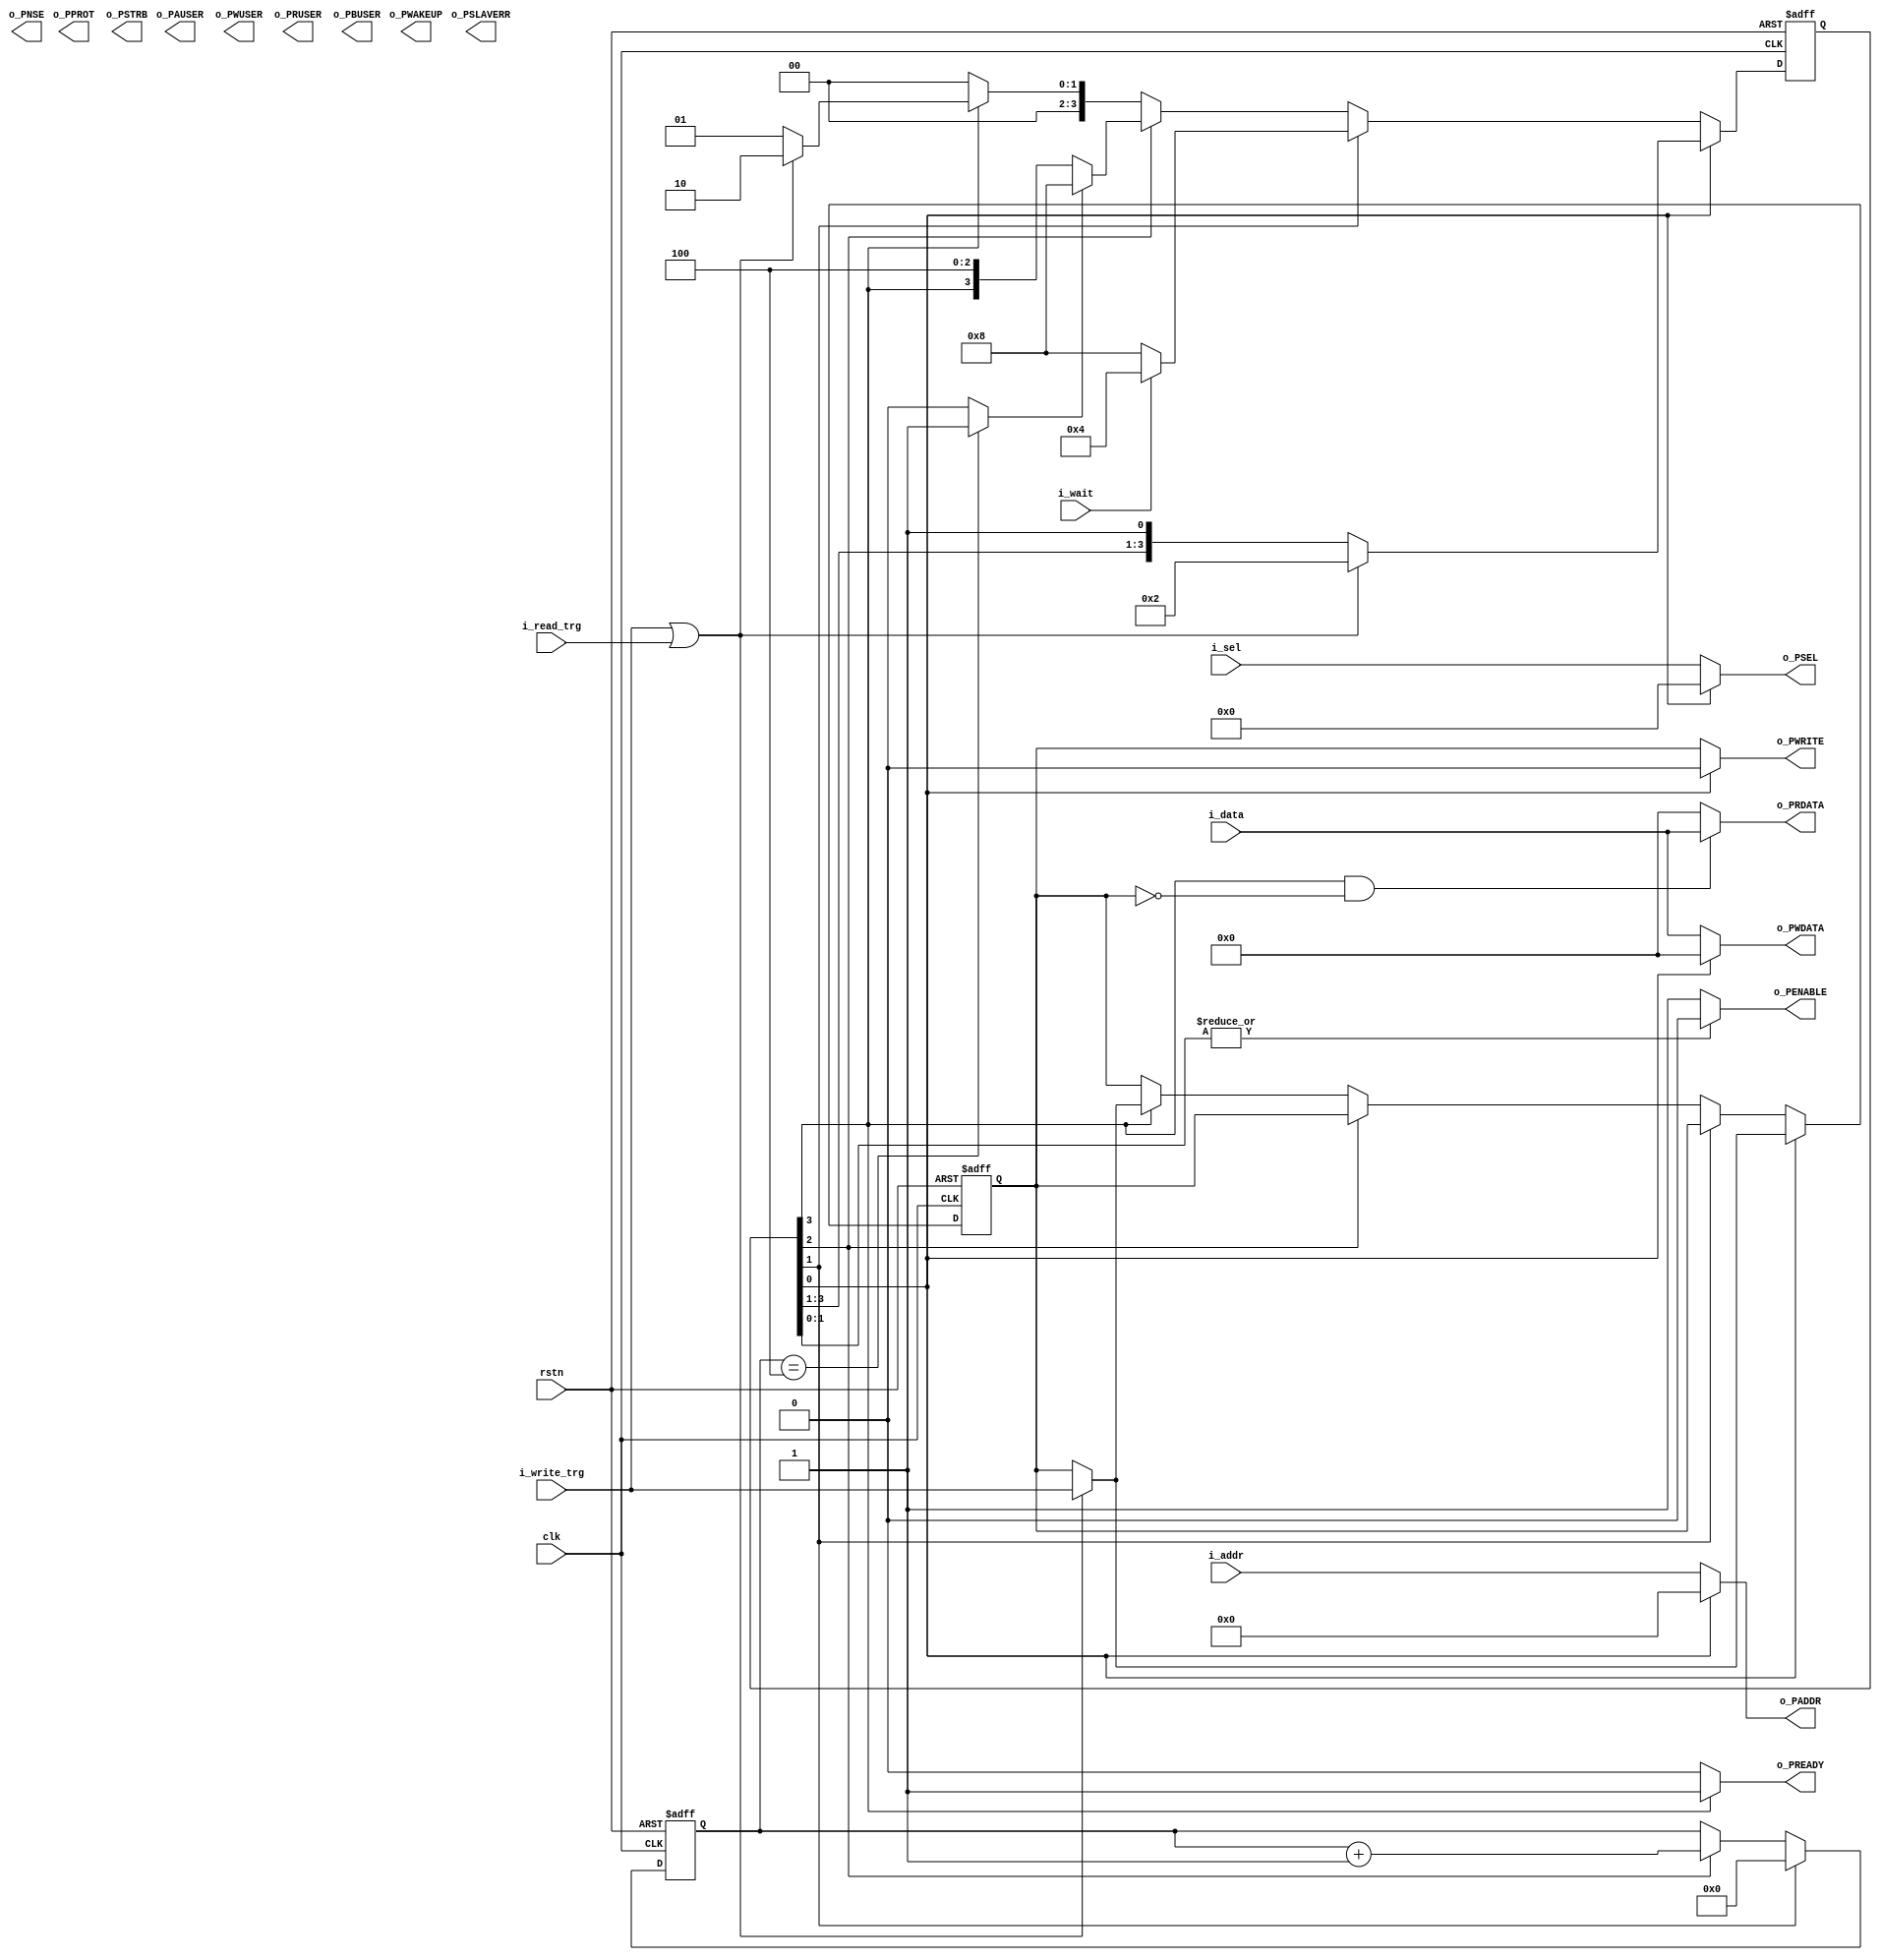

// ./list_rtl.f

module apb_master
#(
  parameter SEL_WIDTH       = 4   , 
  parameter ADDR_WIDTH      = 10  , // maximum width 32 bits
  parameter DATA_WIDTH      = 32   , // 8/16/32 bits wide
  parameter USER_REQ_WIDTH  = 4   , // maximum width of 128 bits
  parameter USER_DATA_WIDTH = 4   , // maximum width of DATA_WIDTH/2
  parameter USER_RESP_WIDTH = 4     // maximum width of 16 bits
)
(
  input                        clk        , // clock signal. 
  input                        rstn       ,
  
  input  [ADDR_WIDTH-1:0]      i_addr     ,
  input  [DATA_WIDTH-1:0]      i_data     ,
  input                        i_wait     ,
  input                        i_write_trg,
  input                        i_read_trg ,
  input  [SEL_WIDTH-1:0]       i_sel      ,

  output [ADDR_WIDTH-1:0]      o_PADDR    , // APB address bus
  output [2:0]                 o_PPROT    , // Protection type (normal, privileged, secure)
  output                       o_PNSE     , // Extension to protection type
  output [SEL_WIDTH-1:0]       o_PSEL     , // Select
  output                       o_PENABLE  , // Enable
  output                       o_PWRITE   , // Direction
  output [DATA_WIDTH-1:0]      o_PWDATA   , // Write data (PWRITE is HIGH)
  output [DATA_WIDTH/8:0]      o_PSTRB    , // indicateds which byte lanes to update during a write transfer
  output                       o_PSLAVERR , // (option) can be asserted HIGH by the Completer
  output                       o_PWAKEUP  , // indicateds any activvity associated with an APB interface
  output                       o_PREADY   , // used to extend an APB transfer by the Completer
  output [DATA_WIDTH-1:0]      o_PRDATA   , // Read data (PWRITE is LOW)

  output [USER_REQ_WIDTH-1:0]  o_PAUSER   , // User request attribute
  output [USER_DATA_WIDTH-1:0] o_PWUSER   , // User write data attribute
  output [USER_DATA_WIDTH-1:0] o_PRUSER   , // User read data attribute
  output [USER_RESP_WIDTH-1:0] o_PBUSER     // User response attribute
);
  //=============================================================
  // Part 1. Define Parameter
  //=============================================================
  localparam
    ST_WIDTH    = 4,
    ST_IDLE    = 0,
    ST_SETUP   = 1,
    ST_WAIT    = 2,
    ST_READY   = 3,
    ST_V_IDLE  = 4'b0001,
    ST_V_SETUP = 4'b0010,
    ST_V_WAIT  = 4'b0100,
    ST_V_READY = 4'b1000;

  localparam
    CNT_SIZE = 8,
    CNT_MAX  = 4;

  //=============================================================
  // Part 2. Control Counter
  //=============================================================
  reg [ST_WIDTH-1:0] r_st;
  reg [CNT_SIZE-1:0] r_cnt;
  wire w_cnt_max = (r_cnt == CNT_MAX) ? 1'b1 : 1'b0;
  always @(posedge clk, negedge rstn) begin
    if(!rstn)
      r_cnt <= 0;
    else if(r_st[ST_SETUP])
      r_cnt <= 0;
    else if(r_st[ST_WAIT])
      r_cnt <= r_cnt+1;
  end

  //=============================================================
  // Part 3. Control FSM
  //=============================================================
  reg r_write;
  always @(posedge clk, negedge rstn) begin
    if(!rstn) begin
      r_st <= ST_V_IDLE;
      r_write <= 1'b0;
    end
    else begin
      case(1'b1)
        r_st[ST_IDLE]: begin
          if(i_write_trg | i_read_trg) begin
            r_st <= ST_V_SETUP;
            r_write <= i_write_trg;   // priority of write > priority of read
          end
        end
        r_st[ST_SETUP]: begin
          if(i_wait)
            r_st <= ST_V_WAIT;
          else
            r_st <= ST_V_READY;
        end
        r_st[ST_WAIT]: begin
          if(w_cnt_max)
            r_st <= ST_V_READY;
        end
        r_st[ST_READY]: begin
          if(i_write_trg | i_read_trg) begin
            r_st <= ST_V_SETUP;
            r_write <= i_write_trg;   // priority of write > priority of read
          end
          else
            r_st <= ST_V_IDLE;
        end
      endcase
    end
  end

  //=============================================================
  // Part 4. Control Output
  //=============================================================
  assign o_PADDR   = !r_st[ST_IDLE]             ? i_addr  : 0;
  assign o_PSEL    = !r_st[ST_IDLE]             ? i_sel   : 0;
  assign o_PENABLE = !(|r_st[ST_SETUP:ST_IDLE]) ? 1'b1    : 1'b0;
  assign o_PWRITE  = !r_st[ST_IDLE]             ? r_write : 1'b0;
  assign o_PWDATA  = !r_st[ST_IDLE]             ? i_data  : 0;
  assign o_PREADY  =  r_st[ST_READY]            ? 1'b1    : 1'b0;
  assign o_PRDATA  =  r_st[ST_READY] & !r_write ? i_data  : 0;
endmodule